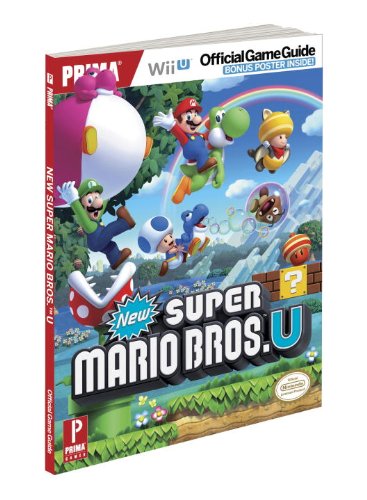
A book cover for New Super Mario Bros. U: Prima Official Game Guide; Stephen Stratton; Computers & Technology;